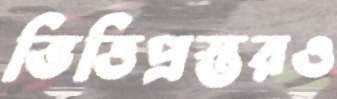
ভিত্তিপ্রস্তরও